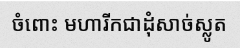
ចំពោះ មហារីកជាដុំសាច់ស្លូត